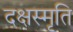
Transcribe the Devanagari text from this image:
दक्षस्मृति